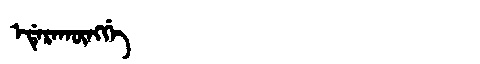
Manchu: ᡝᡩᡝᡵᠠᡴᡡᠩᡤᡝ
Romanization: EDERAKŪNGGE